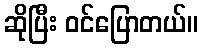
ဆိုပြီး ဝင်ပြောတယ်။